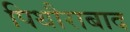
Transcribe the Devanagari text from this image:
पिथौराबाद